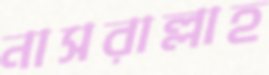
নাসরাল্লাহ